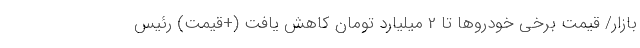
بازار/ قیمت برخی خودروها تا 2 میلیارد تومان کاهش یافت (+قیمت) رئیس